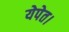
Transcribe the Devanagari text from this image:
येपेत।